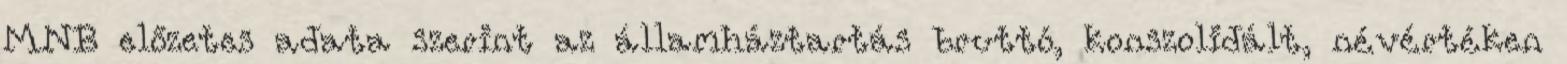
MNB előzetes adata szerint az államháztartás bruttó, konszolidált, névértéken